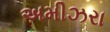
અમીઝરા